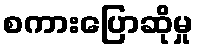
စကားပြောဆိုမှု